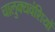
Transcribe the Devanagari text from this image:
चालुक्यवंशियों